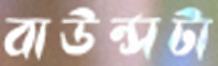
বাউন্সটা